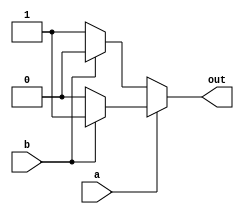

module top_module( 
    input a, 
    input b, 
    output out );
    assign out=a?(b?1:0):(b?0:1);// out=~(a^b) 

endmodule